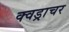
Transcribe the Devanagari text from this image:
क्वड्राचर